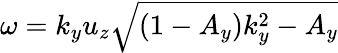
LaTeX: \begin{array}{r}{\omega=k_{y}u_{z}\sqrt{(1-A_{y})k_{y}^{2}-A_{y}}}\end{array}